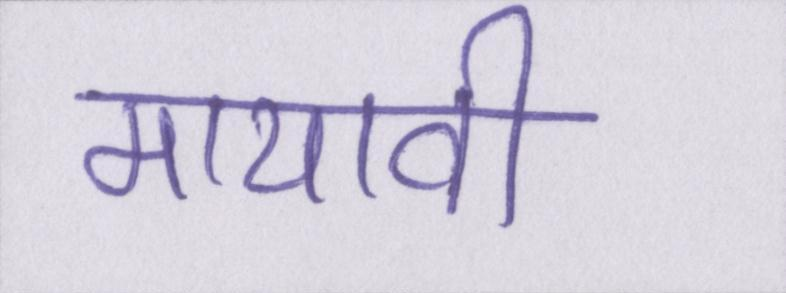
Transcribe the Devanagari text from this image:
मायावी